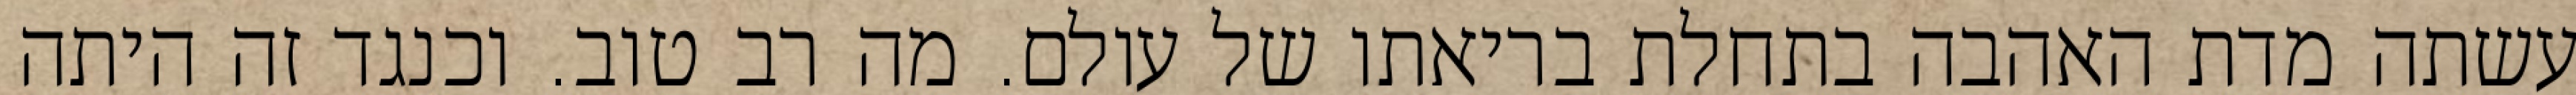
עשתה מדת האהבה בתחלת בריאתו של עולם. מה רב טוב. וכנגד זה היתה